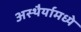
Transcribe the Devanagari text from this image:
अस्थैर्यामध्ये